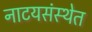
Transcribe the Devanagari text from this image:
नाटयसंस्थेत